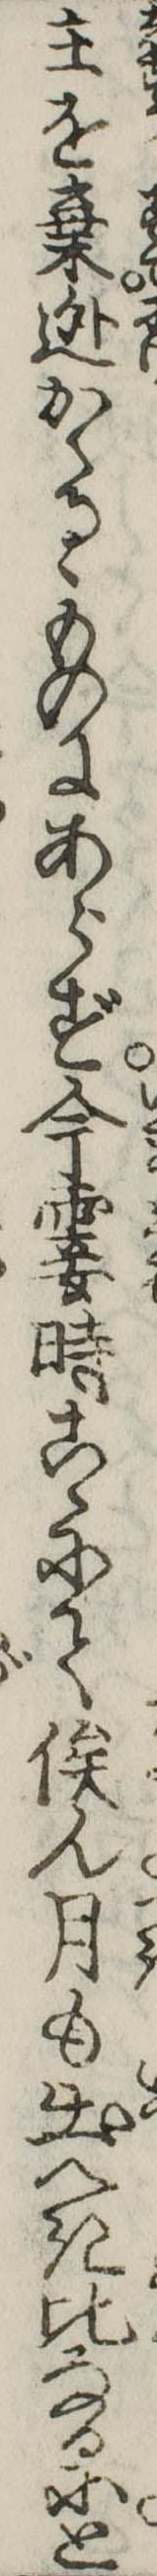
主を棄逃かくるゝものにあらず今霎時こゝにて俟ん月も出へき比なるにと